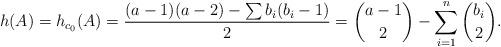
LaTeX: \begin{align*}h(A)= h_{c_0}(A)= \frac{(a-1)(a-2)-\sum b_i(b_i-1)}{2} =\binom{a-1}{2} -\sum_{i=1}^n \binom{b_i}{2}.\end{align*}